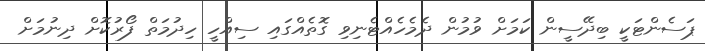
ޕަސެންޓަކީ ބިދޭސީން ކަމަށް ވުމުން ދެމެހެއްޓެނިވި ގޮތެއްގައި ސިއްހީ ހިދުމަތް ފޯރުކޮށް ދިނުމަށް